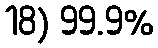
18) 99.9%